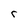
Character: r